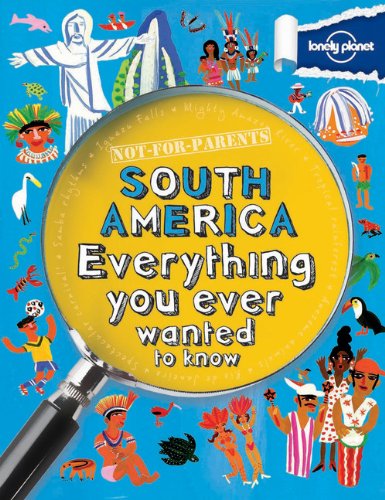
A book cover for Not For Parents South America: Everything You Ever Wanted to Know (Lonely Planet Not for Parents); Lonely Planet; Children's Books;